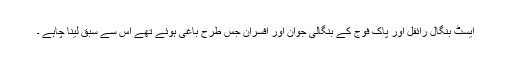
ایسٹ بنگال رائفل اور پاک فوج کے بنگالی جوان اور افسران جس طرح باغی ہوئے تھے اس سے سبق لینا چاہے ۔